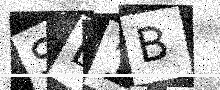
Text: SL1B